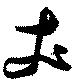
丈